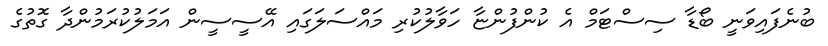
ބުނެފައިވަނީ ބޯޑާ ސިސްޓަމް އެ ކުންފުންޏާ ހަވާލުކުރި މައްސަލަގައި އޭސީސީން އަމަލުކުރަމުންދާ ގޮތުގެ